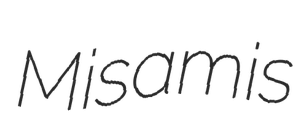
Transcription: Misamis